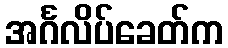
အင်္ဂလိပ်ခေတ်က